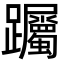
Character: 䠱